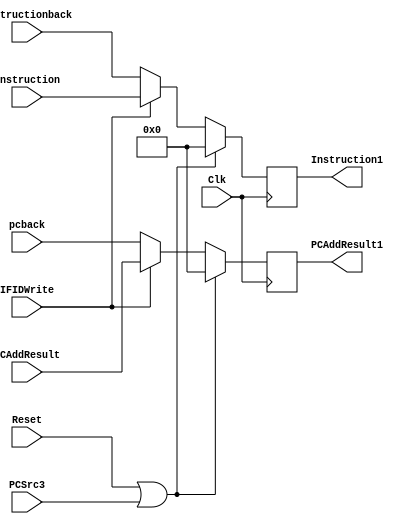
`timescale 1ns / 1ps
////////////////////////////////////////////////////////////////////////////////
// ECE369 - Computer Architecture
// 
// Module - IF/ID register
////////////////////////////////////////////////////////////////////////////////
module IFIDRegister(PCSrc3,IFIDWrite,PCAddResult,Instruction,Clk,Reset,PCAddResult1,Instruction1,instructionback,pcback);

	input [31:0] PCAddResult,Instruction,instructionback,pcback;
	input Clk,Reset,IFIDWrite,PCSrc3;
	output reg [31:0] PCAddResult1,Instruction1;
	
	always@(posedge Clk) begin
		if(Reset==1||PCSrc3==1) begin
          PCAddResult1<=32'd0;
			Instruction1<=32'd0;
		end
    else if(IFIDWrite==0) begin
                  PCAddResult1<=pcback;
                  Instruction1<=instructionback;
                end
		else begin

			PCAddResult1<=PCAddResult;
			Instruction1<=Instruction;
		end
	end
	

endmodule